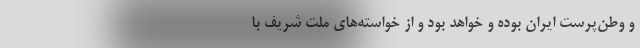
و وطن‌پرست ‌ایران‌ بوده و خواهد بود و از خواسته‌های‌ ملّت‌ شریف‌ با